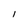
Character: l